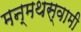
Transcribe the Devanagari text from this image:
मन्मथस्वामी